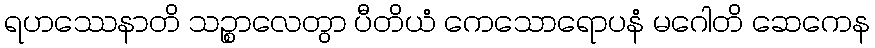
ရဟဿေနာတိ သဉ္စာလေတွာ ပီတိယံ ကေသောရောပနံ မဂေါတိ ဆေကေန